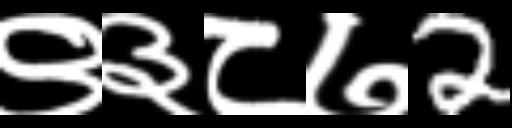
Text: ९३८७2